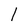
Character: 1